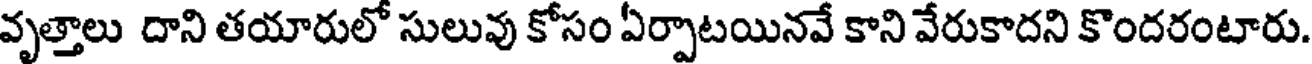
వృత్తాలు దాని తయారులో సులువు కోసం ఏర్పాటయినవే కాని వేరుకాదని కొందరంటారు.